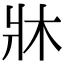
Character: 牀